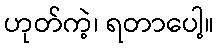
ဟုတ်ကဲ့၊ ရတာပေါ့။